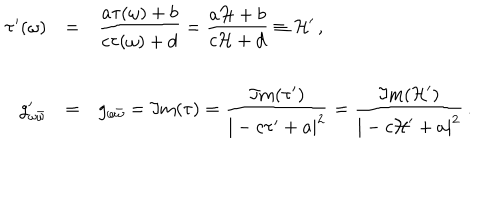
\begin{array} { r c l } { { \tau ^ { \prime } ( \omega ) } } & { { = } } & { { { \displaystyle \frac { a \tau ( \omega ) + b } { c \tau ( \omega ) + d } } = { \displaystyle \frac { a { \cal H } + b } { c { \cal H } + d } } \equiv { \cal H } ^ { \prime } \, , } } \\ { { } } & { { } } & { { } } \\ { { g _ { \omega \bar { \omega } } ^ { \prime } } } & { { = } } & { { g _ { \omega \bar { \omega } } = \Im \mathrm { m } ( \tau ) = { \displaystyle \frac { \Im \mathrm { m } ( \tau ^ { \prime } ) } { | - c \tau ^ { \prime } + a | ^ { 2 } } } = { \displaystyle \frac { \Im \mathrm { m } ( { \cal H } ^ { \prime } ) } { | - c { \cal H } ^ { \prime } + a | ^ { 2 } } } \, . } } \\ \end{array}